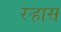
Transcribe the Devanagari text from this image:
रऱ्हास